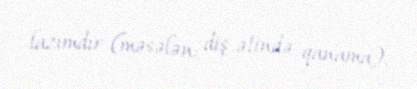
lazımdır (məsələn: diş ətində qanama).